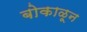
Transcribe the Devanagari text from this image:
बोकाळून